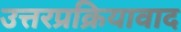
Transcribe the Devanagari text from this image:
उत्तरप्रक्रियावाद